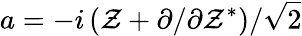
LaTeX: a=-{i}\left(\mathcal{Z}+{\partial}/{\partial\mathcal{Z}^{*}}\right)/{\sqrt{2}}